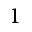
1